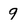
Character: 9